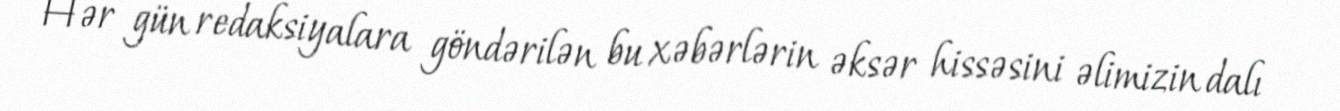
Hər gün redaksiyalara göndərilən bu xəbərlərin əksər hissəsini əlimizin dalı